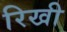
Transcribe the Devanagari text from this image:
रिखी